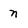
Character: n